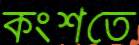
কংশতে